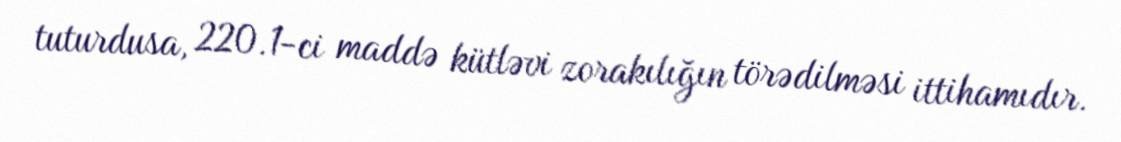
tuturdusa, 220.1-ci maddə kütləvi zorakılığın törədilməsi ittihamıdır.